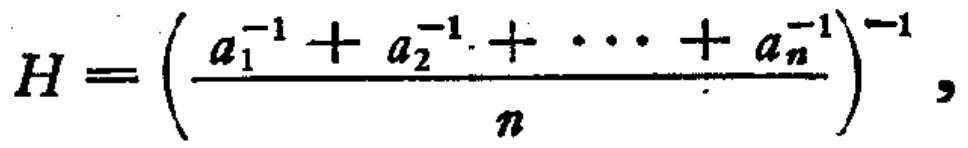
\(H = \left(\frac{a_{1}^{-1} + a_{2}^{-1} + \cdots + a_{n}^{-1}}{n}\right)^{-1},\)